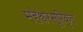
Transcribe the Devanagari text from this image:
महेश्वरसूरिकृत